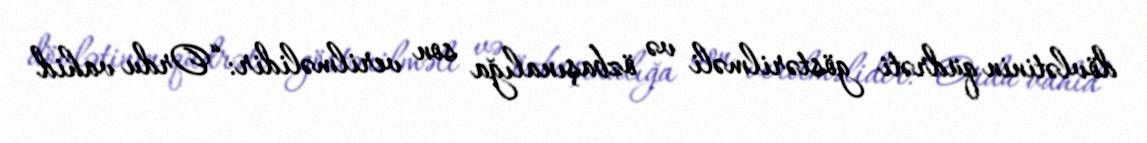
dövlətinin qüdrəti göstərilməli və özbaşınalığa son verilməlidir: “Ordu vahid